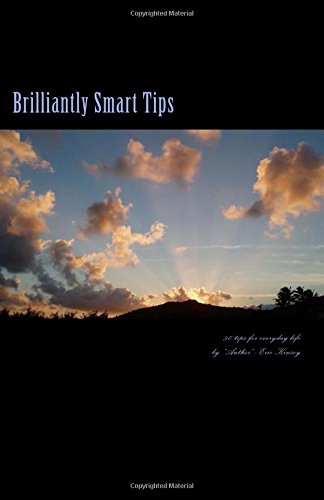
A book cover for Brilliantly Smart Tips: 50 Tips for everyday life; Eric T Kinsey; Humor & Entertainment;